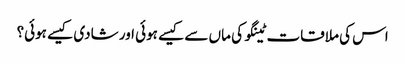
اس کی ملاقات ٹینگو کی ماں سے کیسے ہوئی اور شادی کیسے ہوئی؟